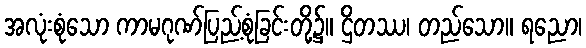
အလုံးစုံသော ကာမဂုဏ်ပြည့်စုံခြင်းတို့၌။ ဌိတဿ၊ တည်သော။ ရညော၊